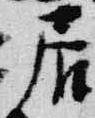
居